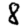
Digit: 8